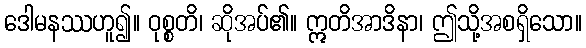
ဒေါမနဿဟူ၍။ ဝုစ္စတိ၊ ဆိုအပ်၏။ ဣတိအာဒိနာ၊ ဤသို့အစရှိသော။